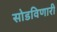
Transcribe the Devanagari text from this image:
सोडविणारी